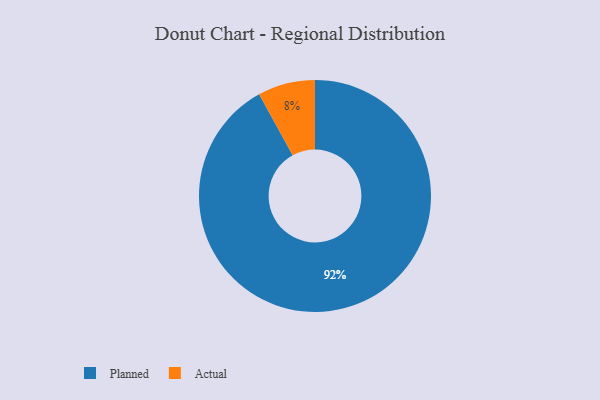
{"axis": {"x": "Category", "y": "Percentage"}, "legend": ["Actual", "Planned"], "data": [{"x": "Actual", "y": 8, "type": "Actual"}, {"x": "Planned", "y": 92, "type": "Planned"}]}